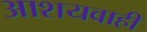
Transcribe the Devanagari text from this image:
आशयवाही